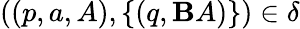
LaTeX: ((p,a,A),\{ (q,\mathbf{B}A)\} )\in\delta